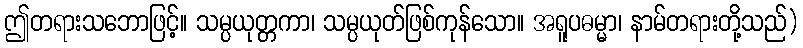
ဤတရားသဘောဖြင့်။ သမ္ပယုတ္တကာ၊ သမ္ပယုတ်ဖြစ်ကုန်သော။ အရူပဓမ္မာ၊ နာမ်တရားတို့သည်)